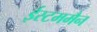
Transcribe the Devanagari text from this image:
ईस्टममैन